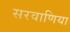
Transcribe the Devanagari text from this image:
सरवाणिया